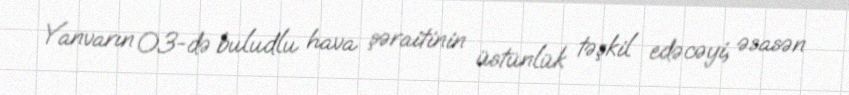
Yanvarın 03-də buludlu hava şəraitinin üstünlük təşkil edəcəyi, əsasən